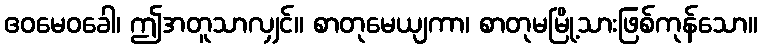
ဧဝမေဝခေါ၊ ဤအတူသာလျှင်။ စာတုမေယျကာ၊ စာတုမမြို့သားဖြစ်ကုန်သော။